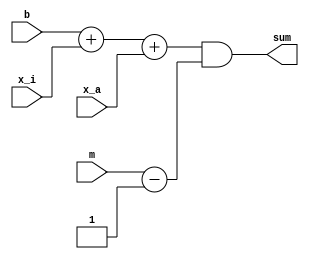
module adder
#(parameter N = 4)
(
	input wire [N-1:0] b,
	input wire [N-1:0] x_i,
	input wire [N-1:0] x_a,
	input wire [N-1:0] m,
	output wire [N-1:0] sum
);
initial 
#6;
assign sum = (b + x_i + x_a)&(m-1);
endmodule